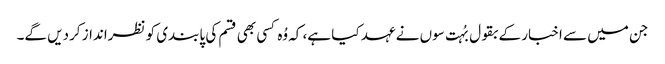
جن میں سے اخبار کے بقول بُہت سوں نے عہد کیا ہے، کہ وُہ کسی بھی قسم کی پابندی کو نظرانداز کردیں گے۔